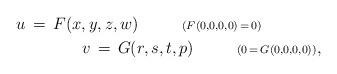
LaTeX: \begin{align*}u\,=\,F(x,y,z,w)\ \ \ \ \ \ \ \ {\scriptstyle{(F(0,0,0,0)\,=\,0)}}\ \ \ \ \ \ \ \ \ \ \ \\ \ \ \ \ \ \ \ \ \ \ \ v\,=\,G(r,s,t,p)\ \ \ \ \ \ \ \ {\scriptstyle{(0\,=\,G(0,0,0,0))}},\end{align*}